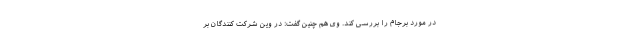
در مورد برجام را بررسی کند. وی هم چنین گفت: در وین شرکت کنندگان بر